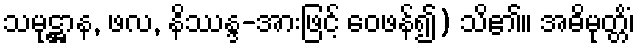
သမုဋ္ဌာန, ဖလ, နိဿန္ဒ-အားဖြင့် ဝေဖန်၍) သိ၏။ အဓိမုတ္တိံ၊